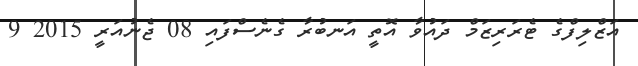
އަޒްލިފްގެ ޓެރަރިޒަމް ދައުވާ އޮތީ އަނބުރާ ގެނެސްފައި 08 ޖެނުއަރީ 2015 9